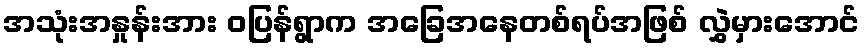
အသုံးအနှုန်းအား ဝပြန်ရွာက အခြေအနေတစ်ရပ်အဖြစ် လွှဲမှားအောင်